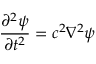
{ \frac { \partial ^ { 2 } \psi } { \partial t ^ { 2 } } } = c ^ { 2 } \nabla ^ { 2 } \psi